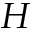
H